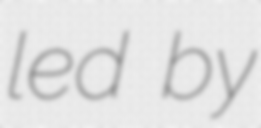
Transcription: led by